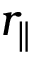
r _ { \parallel }